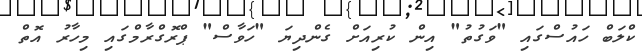
ކްލަބް ހައުސްގައި "ވަގުތު" އިން ކުރިއަށް ގެންދިޔަ "ހަވާސް" ޕްރޮގްރާމްގައި މިހާރު އޮތް